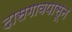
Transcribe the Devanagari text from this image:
दासगावपासून